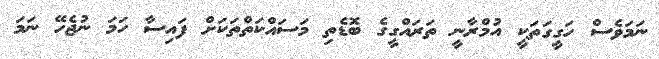
ނަމަވެސް ހަގީގަތަކީ އުމްރާނީ ތަރައްގީގެ ބޮޑެތި މަސައްކަތްތަކަށް ފައިސާ ހަމަ ނުޖެހޭ ނަމަ